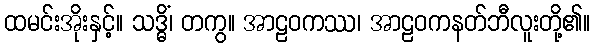
ထမင်းအိုးနှင့်။ သဒ္ဓိံ၊ တကွ။ အာဠဝကဿ၊ အာဠဝကနတ်ဘီလူးတို့၏။